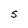
Character: S